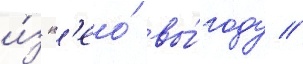
и́з н'ео́ вы́году //